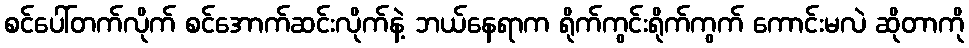
စင်ပေါ်တက်လိုက် စင်အောက်ဆင်းလိုက်နဲ့ ဘယ်နေရာက ရိုက်ကွင်းရိုက်ကွက် ကောင်းမလဲ ဆိုတာကို